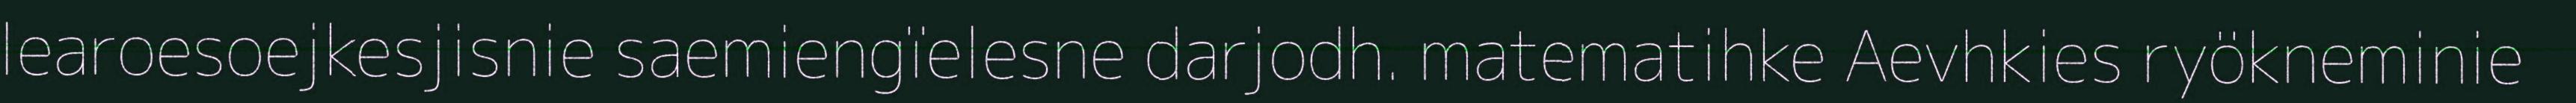
learoesoejkesjisnie saemiengïelesne darjodh. matematihke Aevhkies ryökneminie